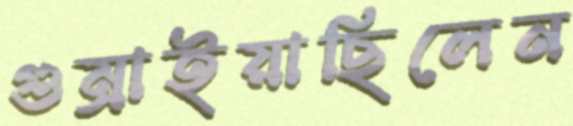
গুম্‌রাইয়াছিলেন